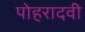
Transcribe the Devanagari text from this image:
पोहरादवी